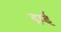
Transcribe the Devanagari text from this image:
ढ्राई